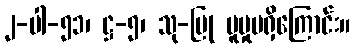
၂-ပါ-၅၁၊ ဋ္ဌ-၅၊ သု-ပြု ပူမှုမရှိကြောင်း။